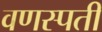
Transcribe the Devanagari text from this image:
वणस्पती